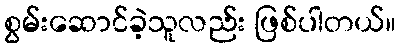
စွမ်းဆောင်ခဲ့သူလည်း ဖြစ်ပါတယ်။